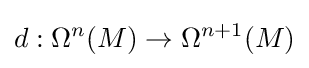
d:\Omega ^{n}(M)\rightarrow \Omega ^{n+1}(M)